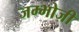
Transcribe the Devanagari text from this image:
जम्भोजी